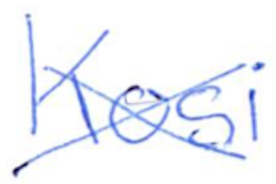
Text: Kosi
Cross-out: cross
Writing tool: ballpoint